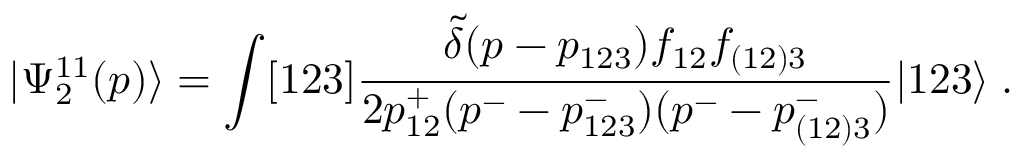
| \Psi _ { 2 } ^ { 1 1 } ( p ) \rangle = \int [ 1 2 3 ] \frac { \tilde { \delta } ( p - p _ { 1 2 3 } ) f _ { 1 2 } f _ { ( 1 2 ) 3 } } { 2 p _ { 1 2 } ^ { + } ( p ^ { - } - p _ { 1 2 3 } ^ { - } ) ( p ^ { - } - p _ { ( 1 2 ) 3 } ^ { - } ) } | 1 2 3 \rangle \; .